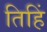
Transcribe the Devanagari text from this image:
तिहिं